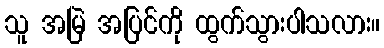
သူ အမြဲ အပြင်ကို ထွက်သွားပါသလား။